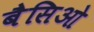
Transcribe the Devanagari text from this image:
बैसिओ